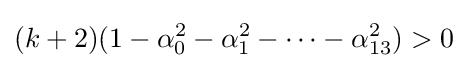
(k+2)(1-\alpha _{0}^{2}-\alpha _{1}^{2}-\cdots -\alpha _{13}^{2})>0